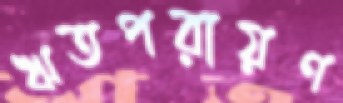
ঋতপরায়ণ